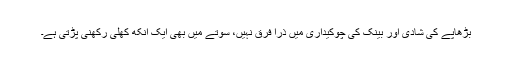
بڑھاپے کی شادی اور بینک کی چوکیداری میں ذرا فرق نہیں، سوتے میں بھی ایک آنکھ کھلی رکھنی پڑتی ہے۔